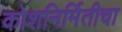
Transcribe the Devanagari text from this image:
कोशनिर्मितीचा